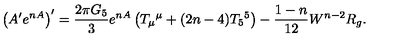
\left( A ^ { \prime } e ^ { n A } \right) ^ { \prime } = { \frac { 2 \pi G _ { 5 } } { 3 } } e ^ { n A } \left( T _ { \mu } { } ^ { \mu } + ( 2 n - 4 ) T _ { 5 } { } ^ { 5 } \right) - { \frac { 1 - n } { 1 2 } } W ^ { n - 2 } R _ { g } .